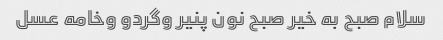
سلام صبح به خیر صبح نون پنیر وگردو وخامه عسل